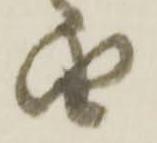
由